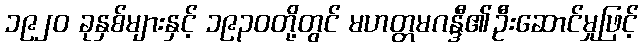
၁၉၂၀ ခုနှစ်များနှင့် ၁၉၃၀တို့တွင် မဟတ္တမဂန္ဒီ၏ဦးဆောင်မှုဖြင့်